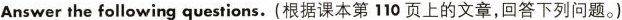
Answer the following questions.(根据课本第110页上的文章,回答下列问题.)